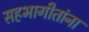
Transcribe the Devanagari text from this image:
सहभागीतांना